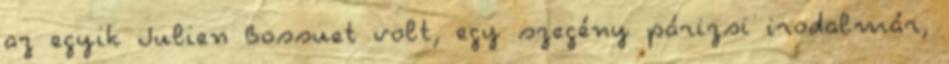
az egyik Julien Bossuet volt, egy szegény párizsi irodalmár,